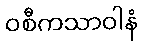
ဝစီကသာဝါနံ